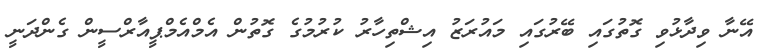
އޭނާ ވިދާޅުވި ގޮތުގައި ބޭރުގައި މައުރަޒު އިޝްތިހާރު ކުރުމުގެ ގޮތުން އެމްއެމްޕީއާރްސީން ގެންދަނީ